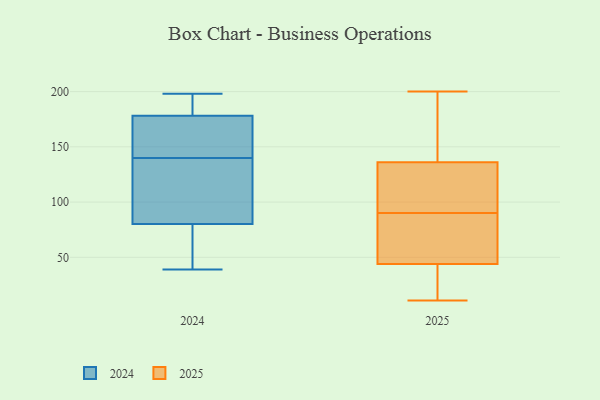
{"axis": {"x": "LTV (USD)", "y": "Value"}, "legend": ["2024", "2025"], "data": [{"x": "", "y": 41, "type": "2025"}, {"x": "", "y": 200, "type": "2025"}, {"x": "", "y": 151, "type": "2025"}, {"x": "", "y": 183, "type": "2025"}, {"x": "", "y": 12, "type": "2025"}, {"x": "", "y": 11, "type": "2025"}, {"x": "", "y": 44, "type": "2025"}, {"x": "", "y": 136, "type": "2025"}, {"x": "", "y": 89, "type": "2025"}, {"x": "", "y": 103, "type": "2025"}, {"x": "", "y": 61, "type": "2025"}, {"x": "", "y": 110, "type": "2025"}, {"x": "", "y": 50, "type": "2025"}, {"x": "", "y": 166, "type": "2025"}, {"x": "", "y": 11, "type": "2025"}, {"x": "", "y": 54, "type": "2025"}, {"x": "", "y": 91, "type": "2025"}, {"x": "", "y": 134, "type": "2025"}, {"x": "", "y": 39, "type": "2024"}, {"x": "", "y": 50, "type": "2024"}, {"x": "", "y": 73, "type": "2024"}, {"x": "", "y": 165, "type": "2024"}, {"x": "", "y": 134, "type": "2024"}, {"x": "", "y": 145, "type": "2024"}, {"x": "", "y": 190, "type": "2024"}, {"x": "", "y": 179, "type": "2024"}, {"x": "", "y": 81, "type": "2024"}, {"x": "", "y": 40, "type": "2024"}, {"x": "", "y": 176, "type": "2024"}, {"x": "", "y": 107, "type": "2024"}, {"x": "", "y": 80, "type": "2024"}, {"x": "", "y": 198, "type": "2024"}, {"x": "", "y": 150, "type": "2024"}, {"x": "", "y": 104, "type": "2024"}, {"x": "", "y": 140, "type": "2024"}, {"x": "", "y": 185, "type": "2024"}, {"x": "", "y": 195, "type": "2024"}]}